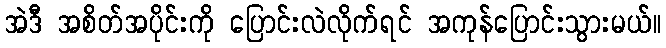
အဲဒီ အစိတ်အပိုင်းကို ပြောင်းလဲလိုက်ရင် အကုန်ပြောင်းသွားမယ်။